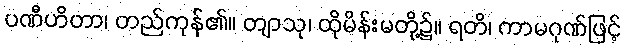
ပဏီဟိတာ၊ တည်ကုန်၏။ တျာသု၊ ထိုမိန်းမတို့၌။ ရတိ၊ ကာမဂုဏ်ဖြင့်